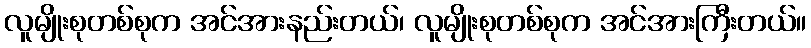
လူမျိုးစုတစ်စုက အင်အားနည်းတယ်၊ လူမျိုးစုတစ်စုက အင်အားကြီးတယ်။